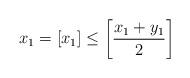
LaTeX: \begin{align*}x_1=[x_1]\leq \left[x_1+y_1\over2\right]\end{align*}